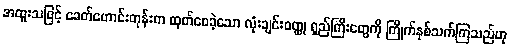
အထူးသဖြင့် ခေတ်ဟောင်းတုန်းက ထုတ်ဝေခဲ့သော လုံးချင်းဝတ္ထု ရှည်ကြီးတွေကို ကြိုက်နှစ်သက်ကြသည်ဟု